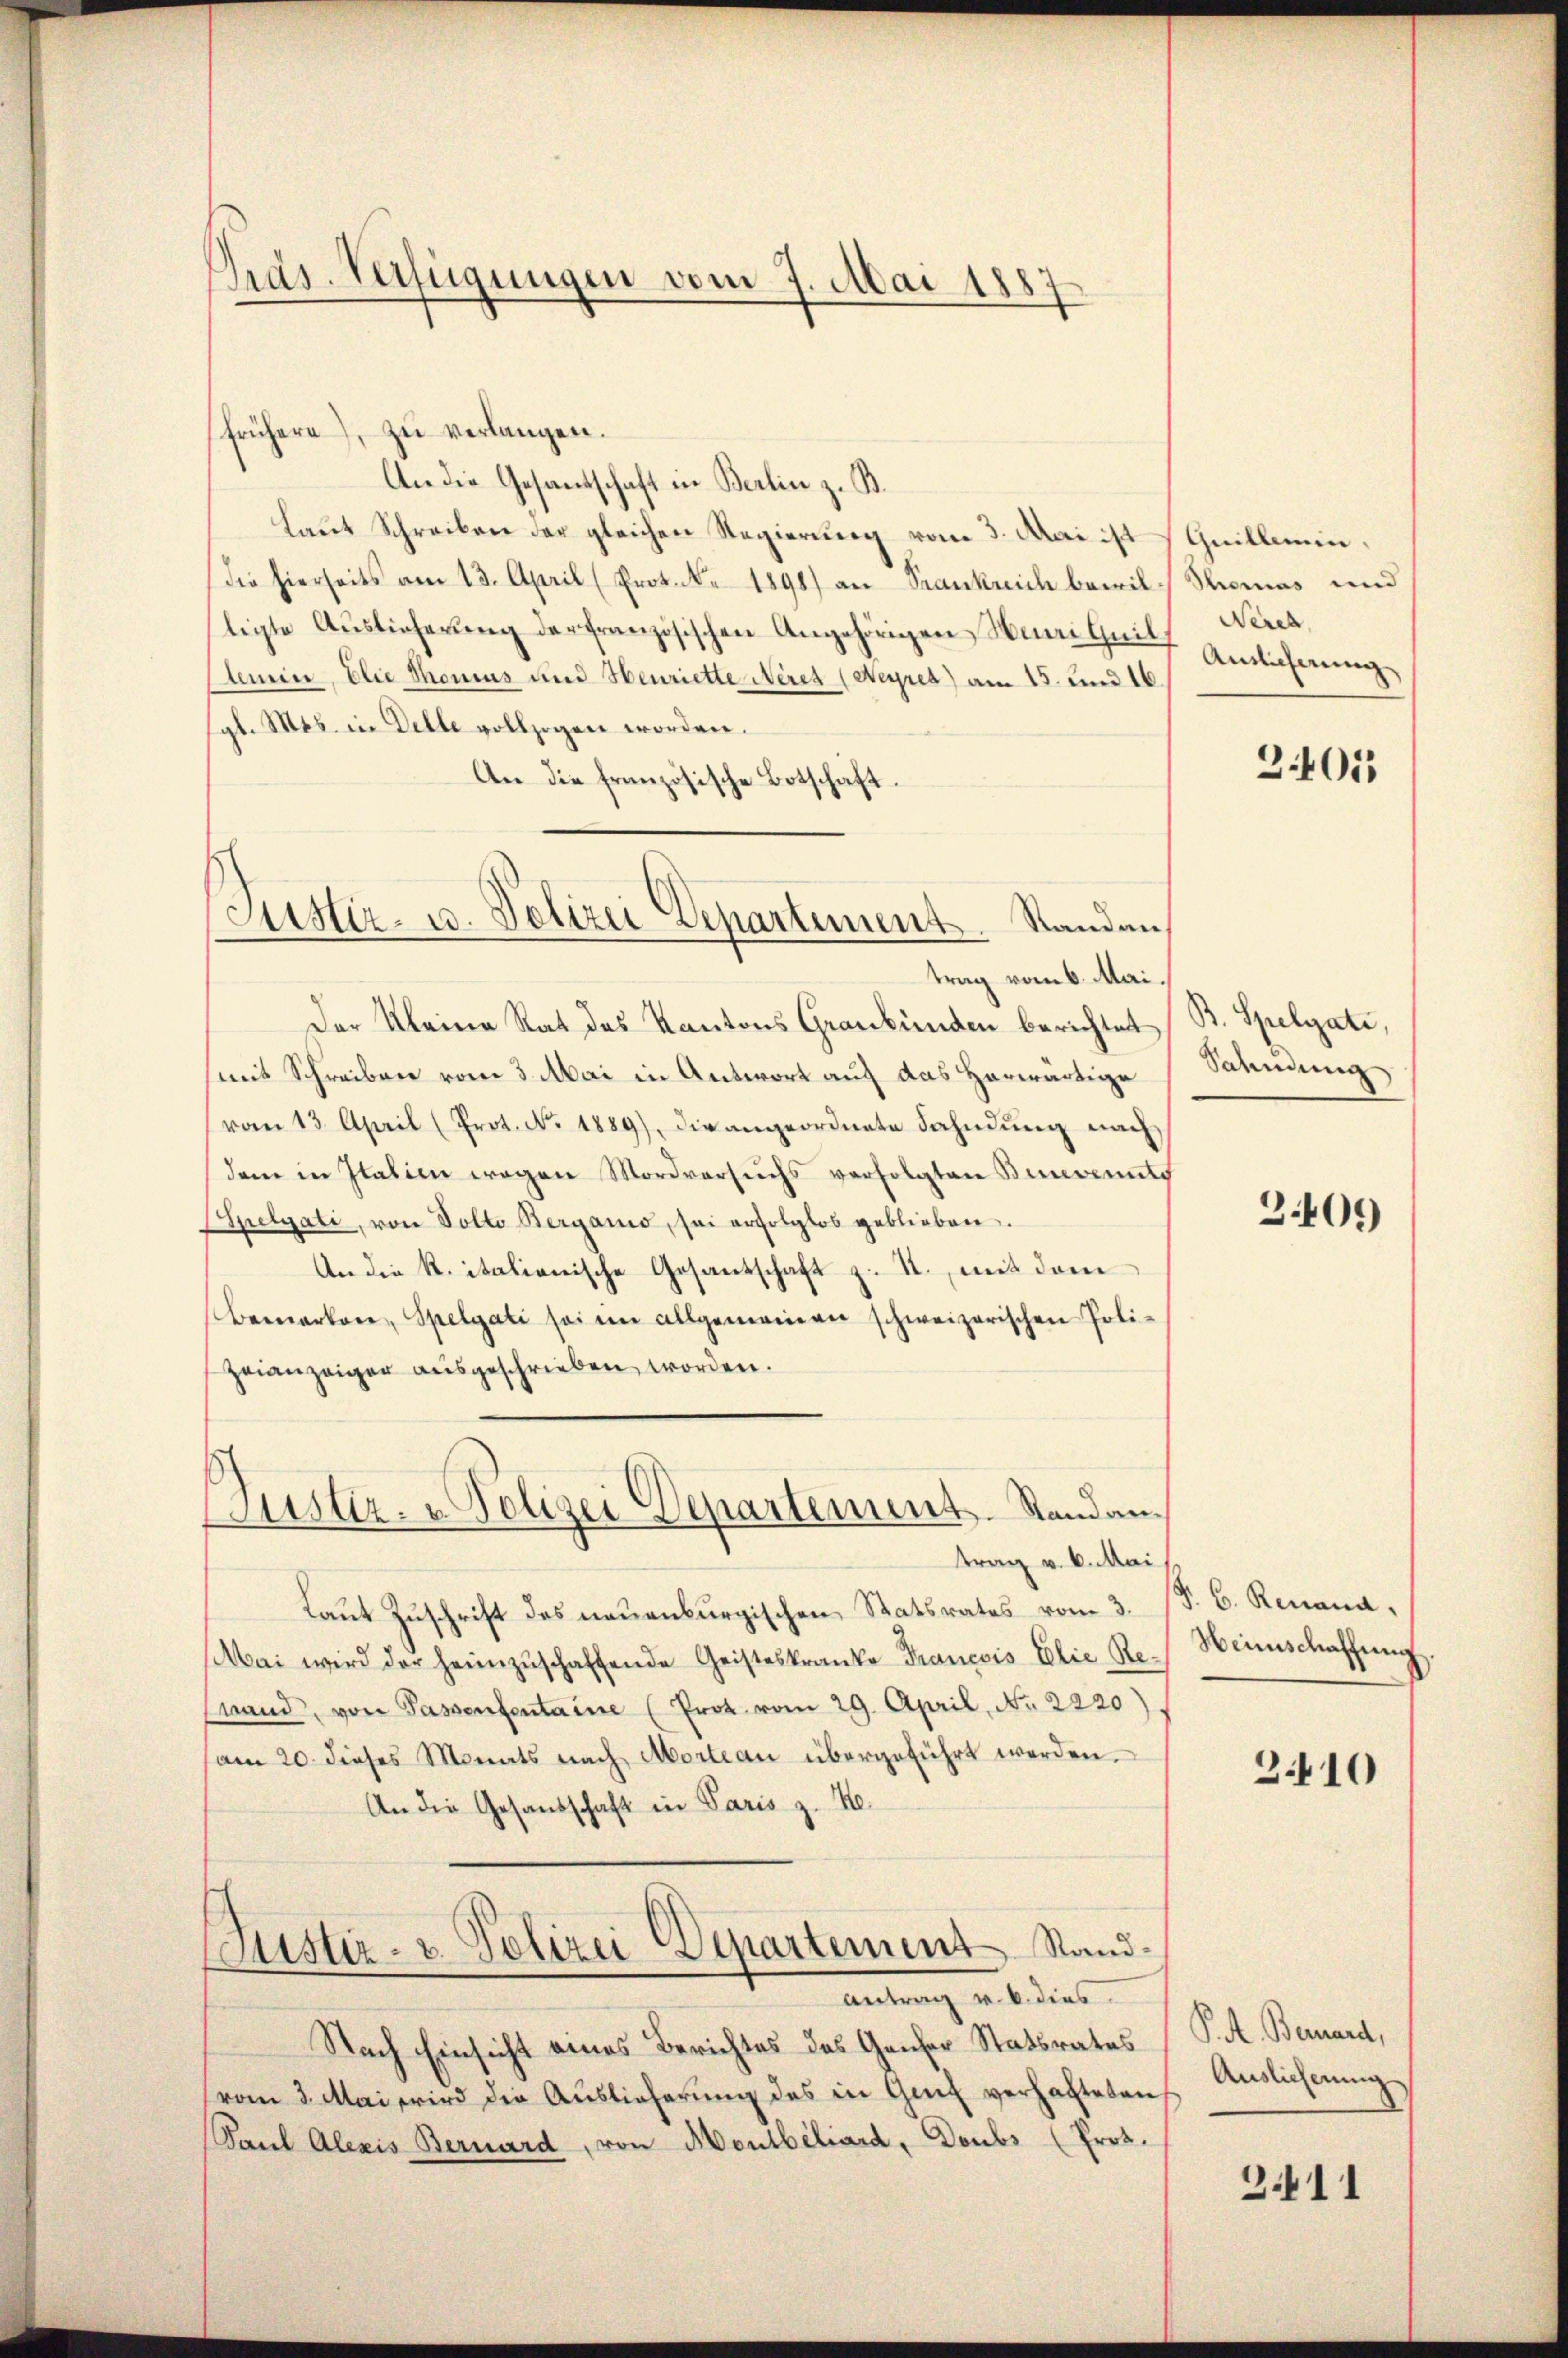
Präs. Verfügungen vom 7. Mai 1887

frühere), zu verlangen.
An die Gesandschaft in Berlin z. B.
Laut Schreiben der gleichen Regierung vom 3. Mai ist Quilleindie hierseits am 13. April (Prot. Nr. 1898) an Frankreich bewil Thomas und
ligte Auslieferung der französischen Angehörigen Wini Quil,
Aemin, Elie Thonius und Henriette Neres (Neyres) am 15. und 16.
gl. Mts. in Delle vollzogen worden.
An die französische Botschaft.

Justiz- u. Polizei Departement. Standantrag vom 6. Mai.

Justiz- & Polizei Departement. Standan¬

Der Kleine Rat des Kantons Graubünden berichtet B. Spelgati,
mit Schreiben vom 3. Mai in Antwort auf das Horwärtige
vom 13. April (Prot. No. 1889), die angeordnete Sahndŭng nach
dem in Italien wegen Mordversuchs verfolgten Bundente
Spelgati, von Volto Berganio, sei erfolglos geblieben.
An die K. italienische Gesantschaft z. T., mit dem
Bemerken, Spelgati sei im allgemeinen schweizerischen Poli-
Heianzeiger ausgeschrieben worden.
trag v. 6. Mai
Laut Zuschrift des neuenburgischen Statsrates vom 3.
Mai wird der heimzŭschaffende Geisteskranke Francois Elie Re-Heimschaffŭng
nand, von Passensentaine (Prot. vom 29. April, No 2220).
am 20. dieses Monats nach Morteau übergeführt werden.
An die Gesandschaft in Paris z. B.
Justiz- u. Polizei Departement Stand¬
Antrag u. b. dies
Nach Einsicht eines Berichtes das Geiser Statsrates (S. A. Bernard,
vom 3. Mai wird die Auslieferung des in Gut verhalteten
Paul Alexis Bernard, von Mondbeliard, Doubs (Prot.

Nerch
Anlicherung

3401

Sahndung

3.409

§. 6. Renana,

2410

Auslicherung

2411